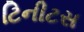
ટિનીટસ